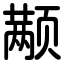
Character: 颟